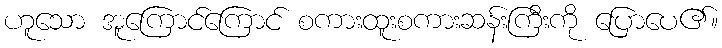
ဟူသော အူကြောင်ကြောင် စကားထူးစကားဆန်းကြီးကို ပြောပေ၏။